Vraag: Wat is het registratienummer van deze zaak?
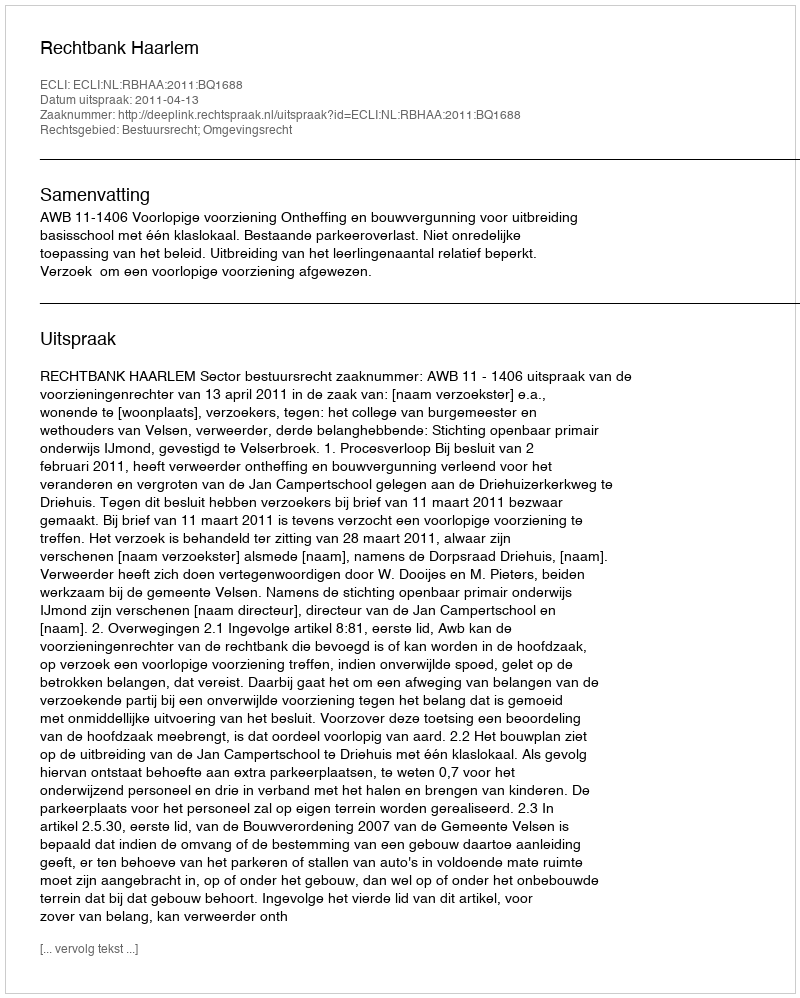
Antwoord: http://deeplink.rechtspraak.nl/uitspraak?id=ECLI:NL:RBHAA:2011:BQ1688